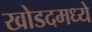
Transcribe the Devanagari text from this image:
खोडदमध्ये